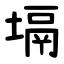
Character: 塥